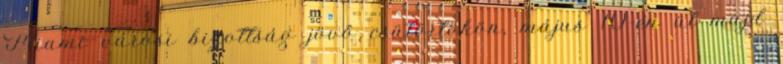
Miami városi bizottság jövő csütörtökön, május 10-én ül majd